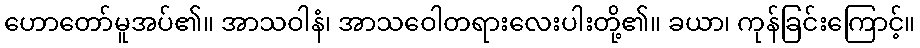
ဟောတော်မူအပ်၏။ အာသဝါနံ၊ အာသဝေါတရားလေးပါးတို့၏။ ခယာ၊ ကုန်ခြင်းကြောင့်။